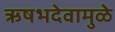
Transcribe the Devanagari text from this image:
ऋषभदेवामुळे